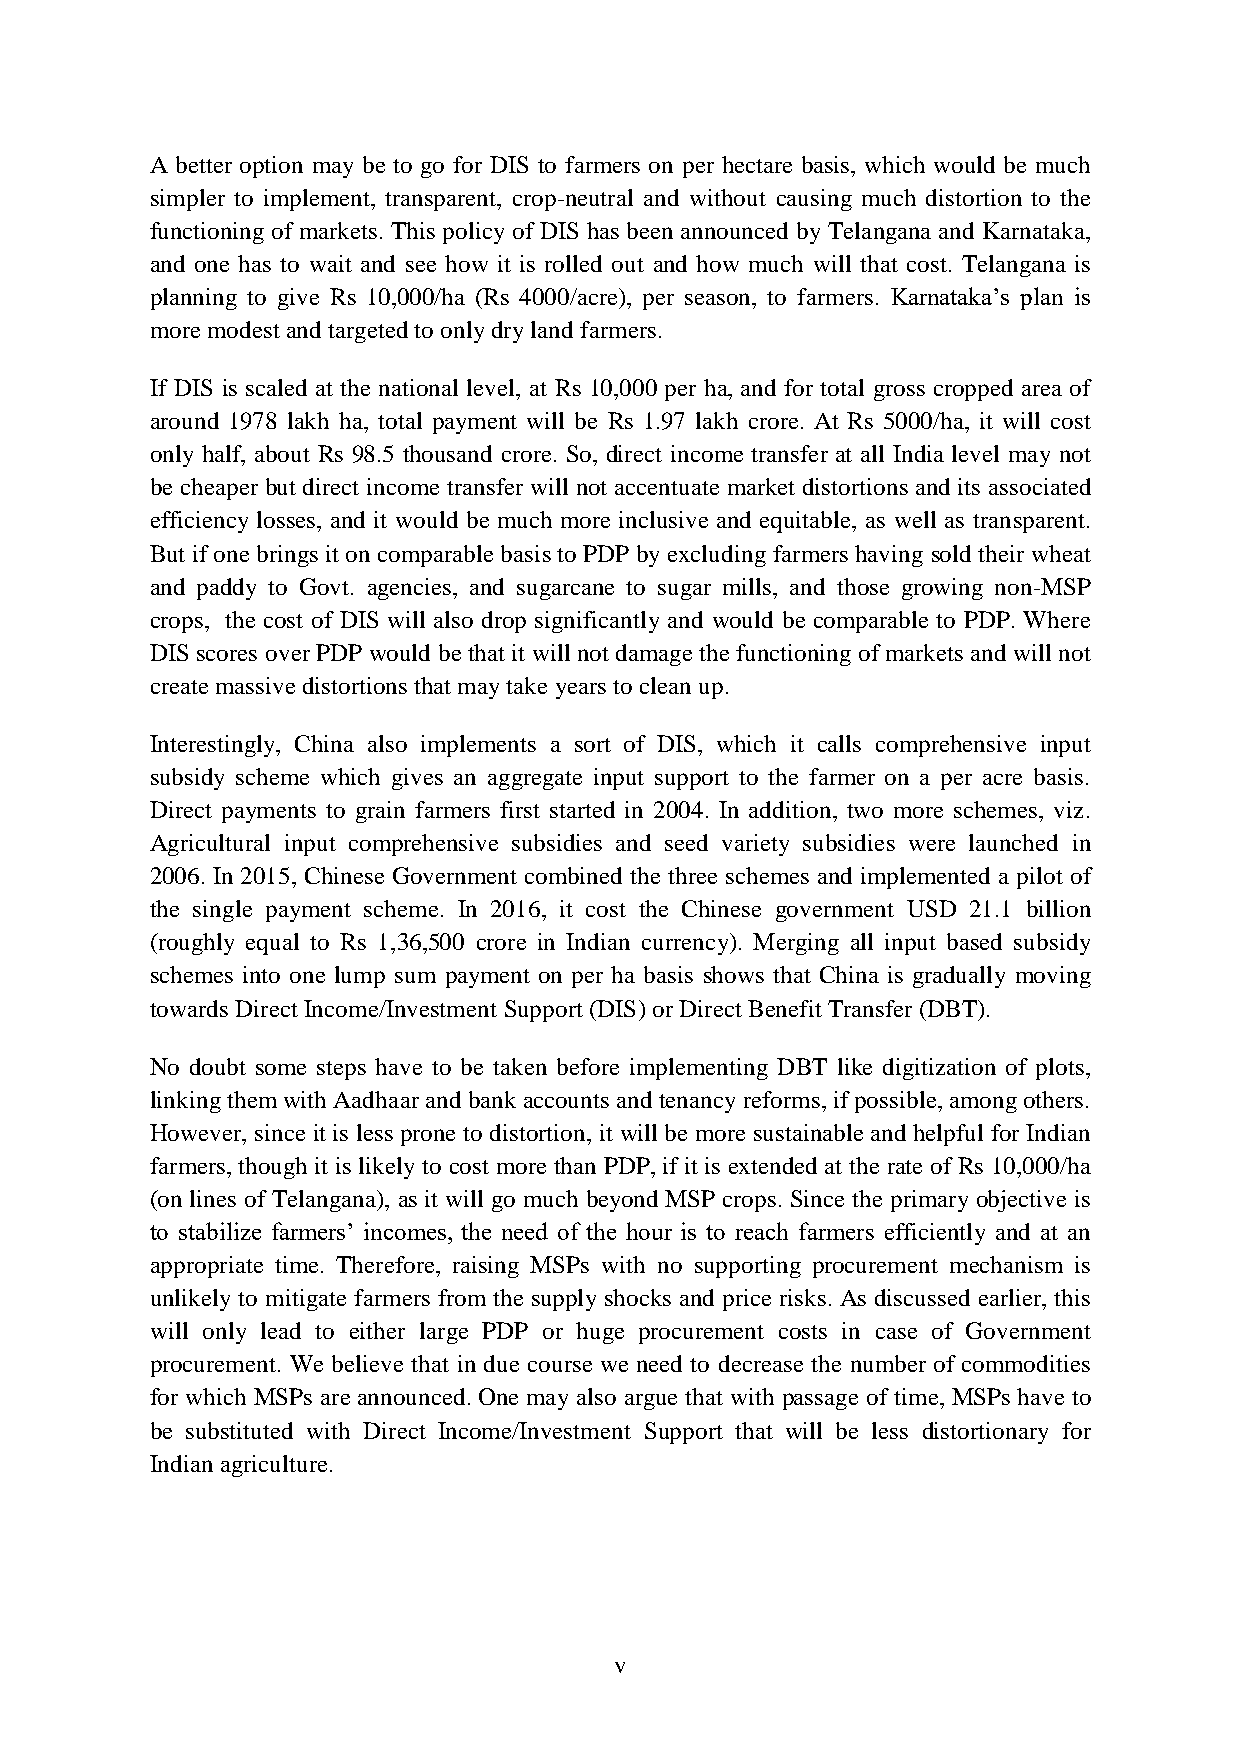
A better option may be to go for DIS to farmers on per hectare basis, which would be much
 simpler to implement, transparent, crop-neutral and without causing much distortion to the
 functioning of markets. This policy of DIS has been announced by Telangana and Karnataka,
 and one has to wait and see how it is rolled out and how much will that cost. Telangana is
 planning to give Rs 10,000/ha (Rs 4000/acre), per season, to farmers. Karnataka’s plan is
 more modest and targeted to only dry land farmers.
 If DIS is scaled at the national level, at Rs 10,000 per ha, and for total gross cropped area of
 around 1978 lakh ha, total payment will be Rs 1.97 lakh crore. At Rs 5000/ha, it will cost
 only half, about Rs 98.5 thousand crore. So, direct income transfer at all India level may not
 be cheaper but direct income transfer will not accentuate market distortions and its associated
 efficiency losses, and it would be much more inclusive and equitable, as well as transparent.
 But if one brings it on comparable basis to PDP by excluding farmers having sold their wheat
 and paddy to Govt. agencies, and sugarcane to sugar mills, and those growing non-MSP
 crops, the cost of DIS will also drop significantly and would be comparable to PDP. Where
 DIS scores over PDP would be that it will not damage the functioning of markets and will not
 create massive distortions that may take years to clean up.
 Interestingly, China also implements a sort of DIS, which it calls comprehensive input
 subsidy scheme which gives an aggregate input support to the farmer on a per acre basis.
 Direct payments to grain farmers first started in 2004. In addition, two more schemes, viz.
 Agricultural input comprehensive subsidies and seed variety subsidies were launched in
 2006. In 2015, Chinese Government combined the three schemes and implemented a pilot of
 the single payment scheme. In 2016, it cost the Chinese government USD 21.1 billion
 (roughly equal to Rs 1,36,500 crore in Indian currency). Merging all input based subsidy
 schemes into one lump sum payment on per ha basis shows that China is gradually moving
 towards Direct Income/Investment Support (DIS) or Direct Benefit Transfer (DBT).
 No doubt some steps have to be taken before implementing DBT like digitization of plots,
 linking them with Aadhaar and bank accounts and tenancy reforms, if possible, among others.
 However, since it is less prone to distortion, it will be more sustainable and helpful for Indian
 farmers, though it is likely to cost more than PDP, if it is extended at the rate of Rs 10,000/ha
 (on lines of Telangana), as it will go much beyond MSP crops. Since the primary objective is
 to stabilize farmers’ incomes, the need of the hour is to reach farmers efficiently and at an
 appropriate time. Therefore, raising MSPs with no supporting procurement mechanism is
 unlikely to mitigate farmers from the supply shocks and price risks. As discussed earlier, this
 will only lead to either large PDP or huge procurement costs in case of Government
 procurement. We believe that in due course we need to decrease the number of commodities
 for which MSPs are announced. One may also argue that with passage of time, MSPs have to
 be substituted with Direct Income/Investment Support that will be less distortionary for
 Indian agriculture.
 v